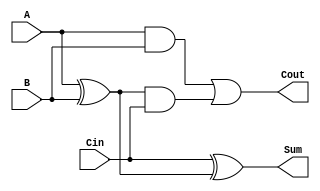
//-----------------------------------------------------------------------------
// UC Berkeley CS150
// Lab 0, Spring 2012
// Module: FA.v
// Desc: Full Adder. See http://en.wikipedia.org/wiki/Full_adder#Full_adder 
//       if you are not familiar with the circuit.
//
//       You may only use structural verilog in this module.       
//-----------------------------------------------------------------------------
module FA(
    input A, B, Cin,
    output Sum, Cout
);

    /********YOUR CODE HERE********/

    wire ab_xor;
    wire bc_and;
    wire ab_and;

    xor (ab_xor, A, B);
    xor (Sum, Cin, ab_xor);
    and  (bc_and, ab_xor, Cin);
    and  (ab_and, A, B);
    or(Cout, ab_and, bc_and);

endmodule